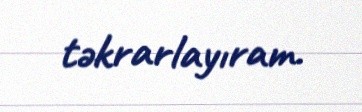
təkrarlayıram.